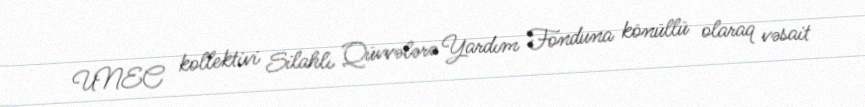
UNEC kollektivi Silahlı Qüvvələrə Yardım Fonduna könüllü olaraq vəsait